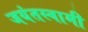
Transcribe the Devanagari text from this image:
जयंतस्वामी